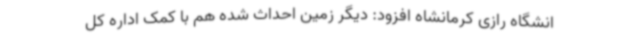
انشگاه رازی کرمانشاه افزود: دیگر زمین احداث شده هم با کمک اداره کل